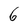
Character: 6